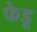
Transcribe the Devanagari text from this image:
फेडू